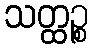
သတ္ထဉ္စ